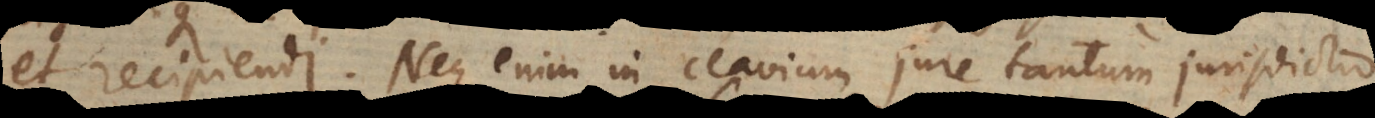
et recipiendi. Neque enim in clavium jure ta